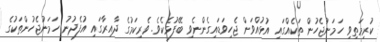
ކުރިމަތިވި ހަމަނުޖެހުން ތަކެއްގައި އުޅުއްވަން ޖެހިވަޑައިގެންނެވި ބޭފުޅެކެވެ. ވެރިކަމުގެ ދާއިރާގައި އުފެދުނު ހަމަނުޖެހުންތަކުގެ